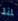
انا